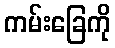
ကမ်းခြေကို